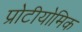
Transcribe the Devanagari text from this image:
प्रोटीयोमिक